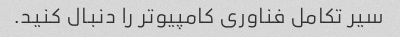
سیر تکامل فناوری کامپیوتر را دنبال کنید.